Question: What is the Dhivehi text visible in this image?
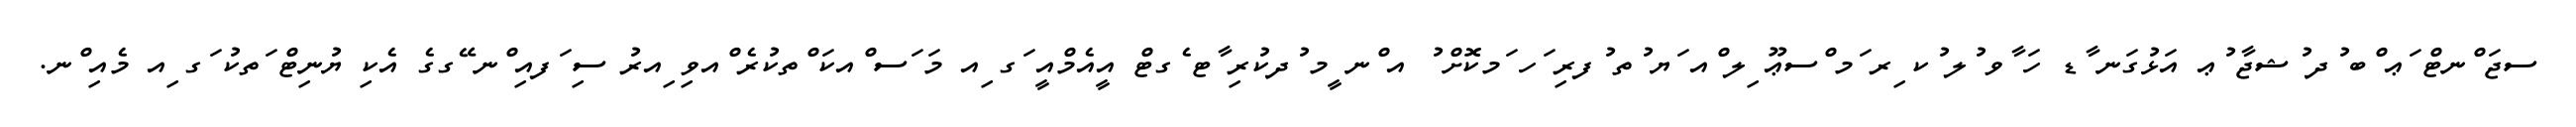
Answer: ސޖަ ްނޓް ަޢ ްބ ުދ ުޝޖާ ުޢ އަޅުގަނ ާޑ ހަ ާވ ުލ ުކ ިރ ަމ ްސޢޫ ިލ ްއ ަޔ ުތ ުފރި ަހ ަމކޮށް ު އ ްނ ީމ ުދކުރި ާޓ ެގޓް އީއެމްއީ ަގ ިއ މަ ަސ ްއކަ ްތކުރެ ްއވި ިއރު ސި ަފއި ްނ ޭގގެ އެކި ޔުނިޓް ަތކު ަގ ިއ މެއި ްނ.